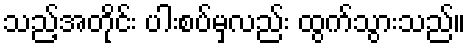
သည့်အတိုင်း ပါးစပ်မှလည်း ထွက်သွားသည်။